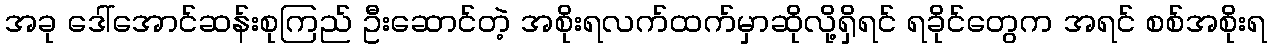
အခု ဒေါ်အောင်ဆန်းစုကြည် ဦးဆောင်တဲ့ အစိုးရလက်ထက်မှာဆိုလို့ရှိရင် ရခိုင်တွေက အရင် စစ်အစိုးရ